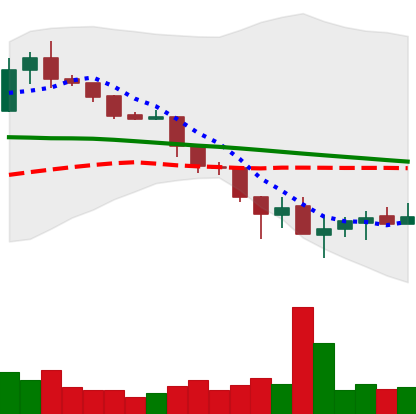
Ticker: XLM-USD
Chart end date: 2019-11-29
Forward return: -6.311%
Label: down_5_7